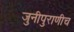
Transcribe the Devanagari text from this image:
जुनीपुराणीच